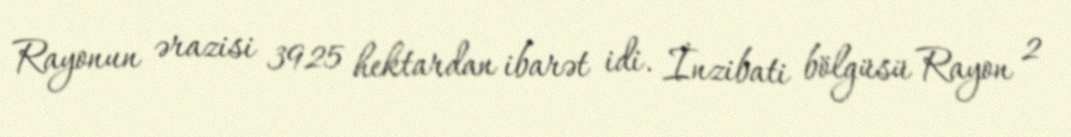
Rayonun ərazisi 3925 hektardan ibarət idi. İnzibati bölgüsü Rayon 2